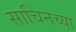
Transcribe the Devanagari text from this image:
साचिनच्या